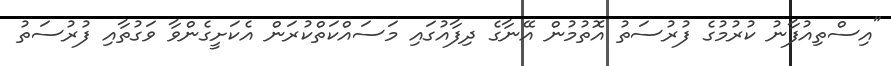
"އިސްތިއުފާނު ކުރުމުގެ ފުރުސަތު އޮތުމުން އޭނާގެ ދިފާއުގައި މަސައްކަތްކުރަން އެކަށީގެންވާ ވަގުތާއި ފުރުސަތު